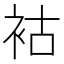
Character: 𧙖